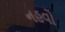
નહવો